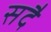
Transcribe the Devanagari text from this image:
सदै